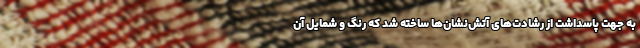
به جهت پاسداشت از رشادت‌های آتش‌نشان‌ها ساخته شد که رنگ و شمایل آن